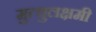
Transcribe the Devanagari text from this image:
मुत्थुलक्षमी